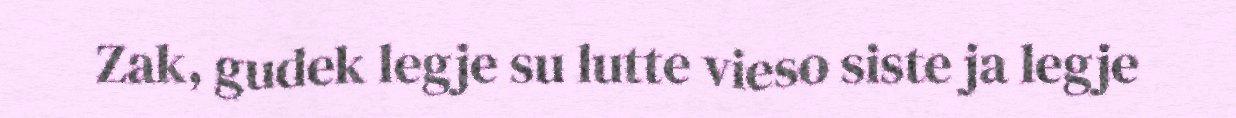
Zak, gudek legje su lutte vieso siste ja legje